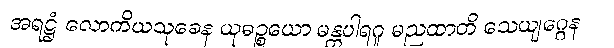
အရဋ္ဌံ လောကိယသုခေန ယုဓဉ္စယော မန္တပါရဂူ မညထာတိ သေယျဂ္ဂေန